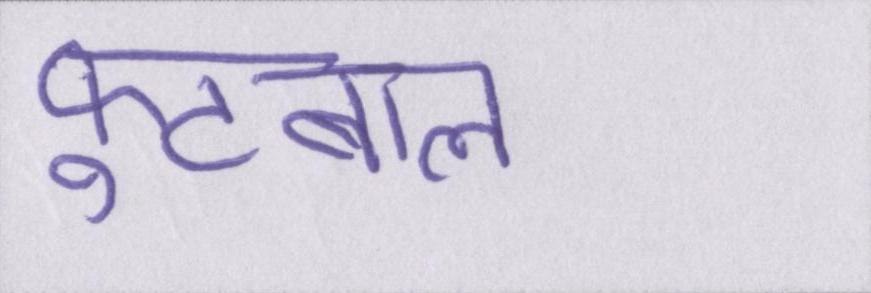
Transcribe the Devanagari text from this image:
फ़ुटबाल